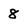
Character: 8